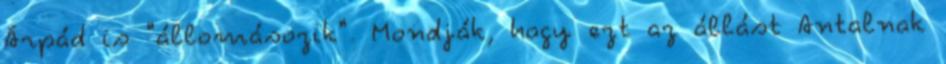
Árpád is "állomásozik". Mondják, hogy ezt az állást Antalnak